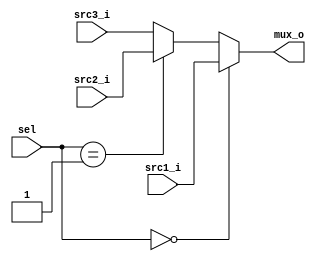
module MUX32_Forwarding
(
    sel,
    src1_i,
    src2_i,
    src3_i,
    mux_o
);

input [1:0] sel;
input [31:0] src1_i;
input [31:0] src2_i;
input [31:0] src3_i;
output [31:0] mux_o;

reg [31:0] mux_o;

always @(*) begin
    if (sel == 2'b00) begin
        mux_o = src1_i;
    end
    else if (sel == 2'b01) begin
        mux_o = src2_i;
    end
    else begin
        mux_o = src3_i;
    end
end

endmodule